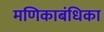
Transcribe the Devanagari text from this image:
मणिकाबंधिका